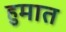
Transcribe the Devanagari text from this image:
हुमात